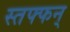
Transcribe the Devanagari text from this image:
स्तफ्फन्